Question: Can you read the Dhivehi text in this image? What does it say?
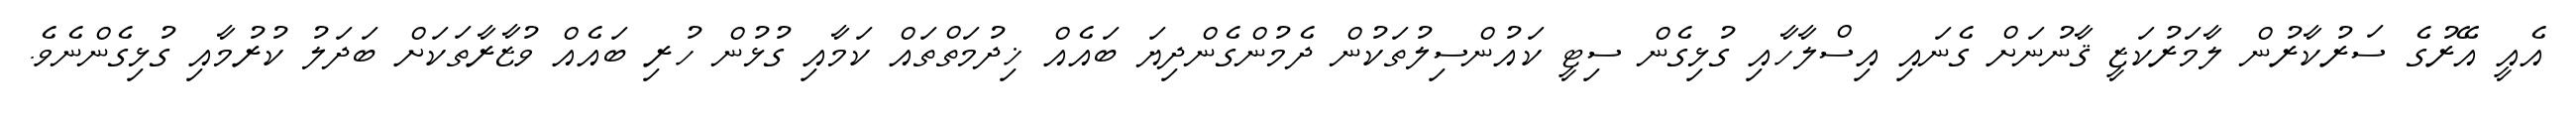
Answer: އެއީ އޭރުގެ ސަރުކާރުން ލާމަރުކަޒީ ޤާނުނަށް ގެނައި އިސްލާހާއި ގުޅިގެން ސިޓީ ކައުންސިލުތަކުން ދެމުންގެންދިޔަ ބައެއް ޚިދުމަތްތައް ކަމާއި ގުޅުން ހުރި ބައެއް ވުޒާރާތަކަށް ބަދަލު ކުރުމާއި ގުޅިގެންނެވެ.